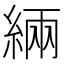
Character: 緉